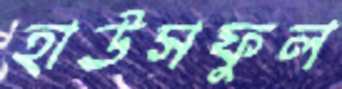
হাউসফুল